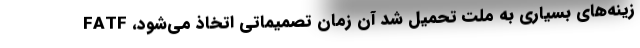
زینه‌های بسیاری به ملت تحمیل شد آن زمان تصمیماتی اتخاذ می‌شود، FATF